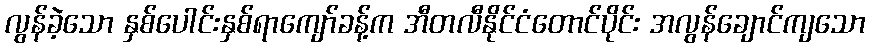
လွန်ခဲ့သော နှစ်ပေါင်းနှစ်ရာကျော်ခန့်က အီတလီနိုင်ငံတောင်ပိုင်း အလွန်ချောင်ကျသော